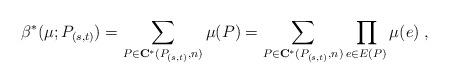
LaTeX: \begin{align*} \beta^*(\mu;P_{(s,t)}) = \sum _{P\in\mathbf{C}^*(P_{(s,t)},n)}\mu(P)= \sum_{P\in\mathbf{C}^*(P_{(s,t)},n)}\prod_{e\in E(P)} \mu(e)\;, \end{align*}